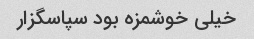
خیلی خوشمزه بود سپاسگزار